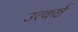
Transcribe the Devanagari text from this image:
उत्कर्ष्ट